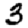
Digit: 3